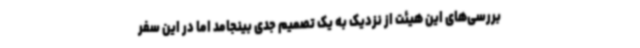
بررسی‌های این هیئت از نزدیک به یک تصمیم جدی بینجامد اما در این سفر